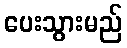
ပေးသွားမည်